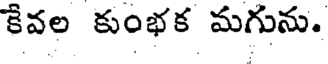
కేవల కుంభక మగును.